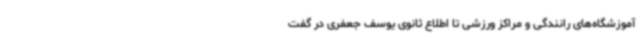
آموزشگاه‌های رانندگی و مراکز ورزشی تا اطلاع ثانوی یوسف جعفری در گفت